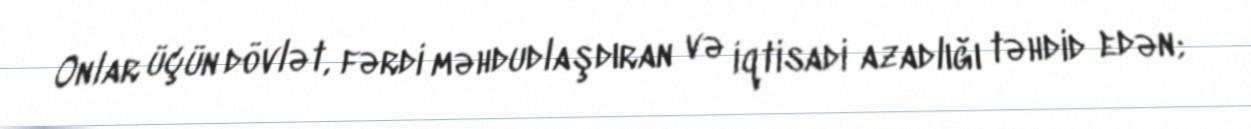
Onlar üçün dövlət, fərdi məhdudlaşdıran və iqtisadi azadlığı təhdid edən;